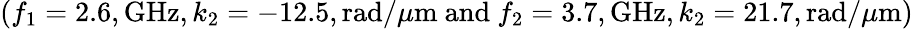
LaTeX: (f_{1}=2.6,\mathrm{GHz},k_{2}=-12.5,\mathrm{rad/}\mu\mathrm{m}\mathrm{\ and\ }f_{2}=3.7,\mathrm{GHz},k_{2}=21.7,\mathrm{rad/}\mu\mathrm{m})